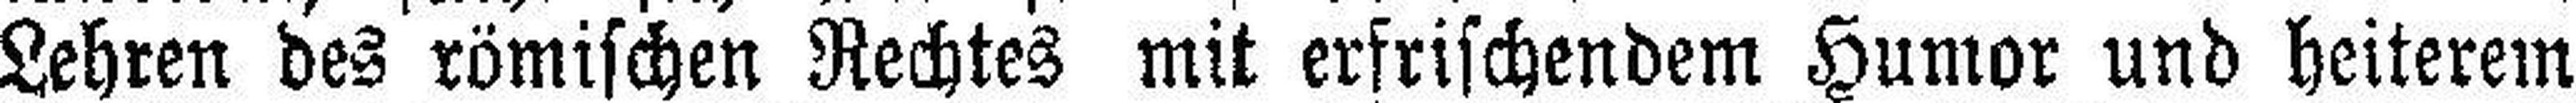
Lehren des römischen Rechtes mit erfrischendem Humor und heiterem